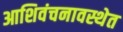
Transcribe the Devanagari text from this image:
आशिवंचनावस्थेत